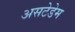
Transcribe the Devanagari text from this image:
असटेडेम